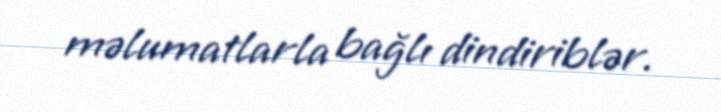
məlumatlarla bağlı dindiriblər.